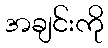
အချင်းကို